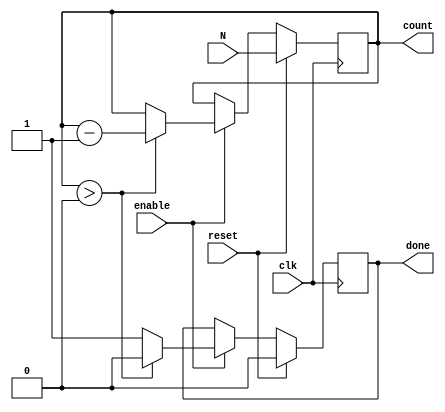
module down_counter (
    input wire clk,          // Clock signal
    input wire reset,        // Synchronous active-high reset
    input wire enable,       // Enable signal for counting
    input wire [7:0] N,      // Initial value for the counter (8-bit for example)
    output reg [7:0] count,   // Current count value (8-bit)
    output reg done          // Signal indicating when the counter reaches zero
);

    // Internal register to hold the initial count value
    reg [7:0] initial_value;

    // Synchronous process for counting
    always @(posedge clk) begin
        if (reset) begin
            // Load the initial value into the count register
            count <= N;
            initial_value <= N; // Store the initial value
            done <= 1'b0;       // Reset done signal
        end else if (enable) begin
            if (count > 0) begin
                count <= count - 1; // Decrement the count
                done <= 1'b0;        // Not done yet
            end else begin
                done <= 1'b1;        // Assert done signal when count reaches zero
            end
        end
    end

endmodule